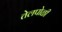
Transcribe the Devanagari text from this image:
तेलपोळी